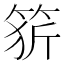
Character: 𥭦